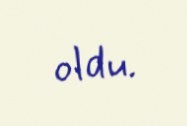
oldu.